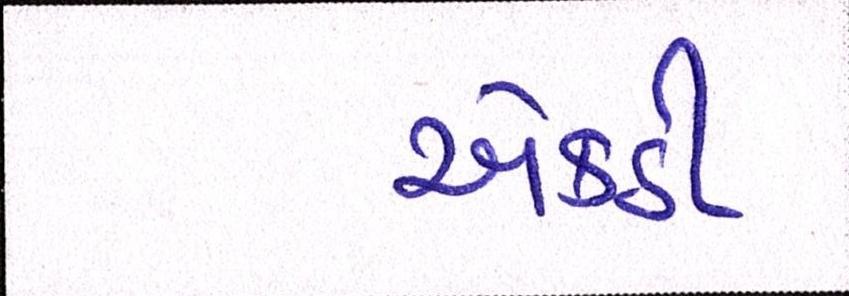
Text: એકઠી